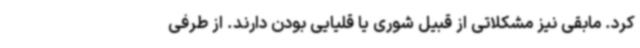
کرد. مابقی نیز مشکلاتی از قبیل شوری یا قلیایی بودن دارند. از طرفی